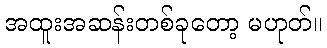
အထူးအဆန်းတစ်ခုတော့ မဟုတ်။